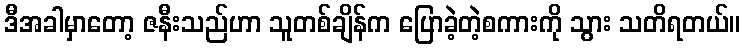
ဒီအခါမှာတော့ ဇနီးသည်ဟာ သူတစ်ချိန်က ပြောခဲ့တဲ့စကားကို သွား သတိရတယ်။